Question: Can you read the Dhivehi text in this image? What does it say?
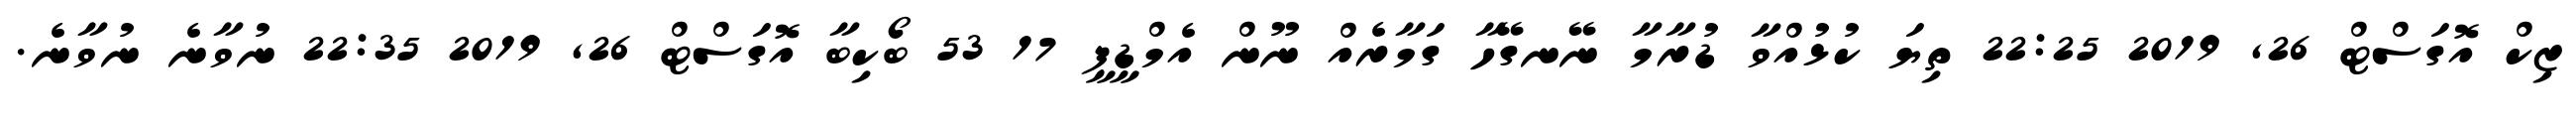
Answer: ޒިކް އޮގަސްޓް 26, 2019 22:25 ތިޔަ ކުޅުއްވާ ޑުރާމާ ނޭނގޭހާ ގަމާރެއް ނޫން އެމްޑީޕީ 17 53 ބޯކިބާ އޮގަސްޓް 26, 2019 22:35 ނުވާނެ ނުވާނެ.